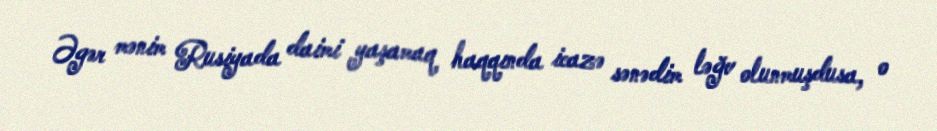
Əgər mənim Rusiyada daimi yaşamaq haqqında icazə sənədim ləğv olunmuşdusa, o